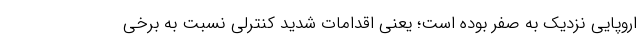
اروپایی نزدیک به صفر بوده است؛ یعنی اقدامات شدید کنترلی نسبت به برخی